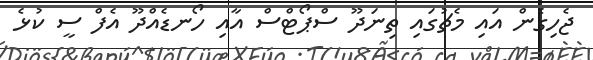
ޖެހިގެން އައި މެޗުގައި ތިނަދޫ ސްޕޯޓްސް އާއި ހޯނޑެއްދޫ އެފް ސީ ކުޅެ